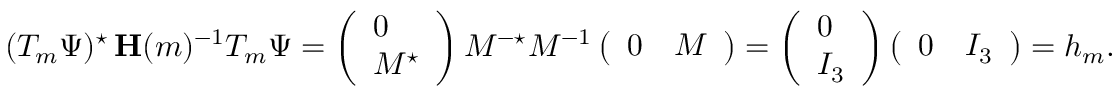
( T _ { m } \Psi ) ^ { \star } \, \mathbf { H } ( m ) ^ { - 1 } T _ { m } \Psi = \left( \begin{array} { l } { 0 } \\ { M ^ { \star } } \end{array} \right) M ^ { - \star } M ^ { - 1 } \left( \begin{array} { l l } { 0 } & { M } \end{array} \right) = \left( \begin{array} { l } { 0 } \\ { I _ { 3 } } \end{array} \right) \left( \begin{array} { l l } { 0 } & { I _ { 3 } } \end{array} \right) = h _ { m } .